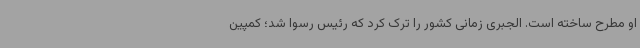
او مطرح ساخته است. الجبری زمانی کشور را ترک کرد که رئیس رسوا شد؛ کمپین